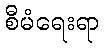
စီမံရေးရာ